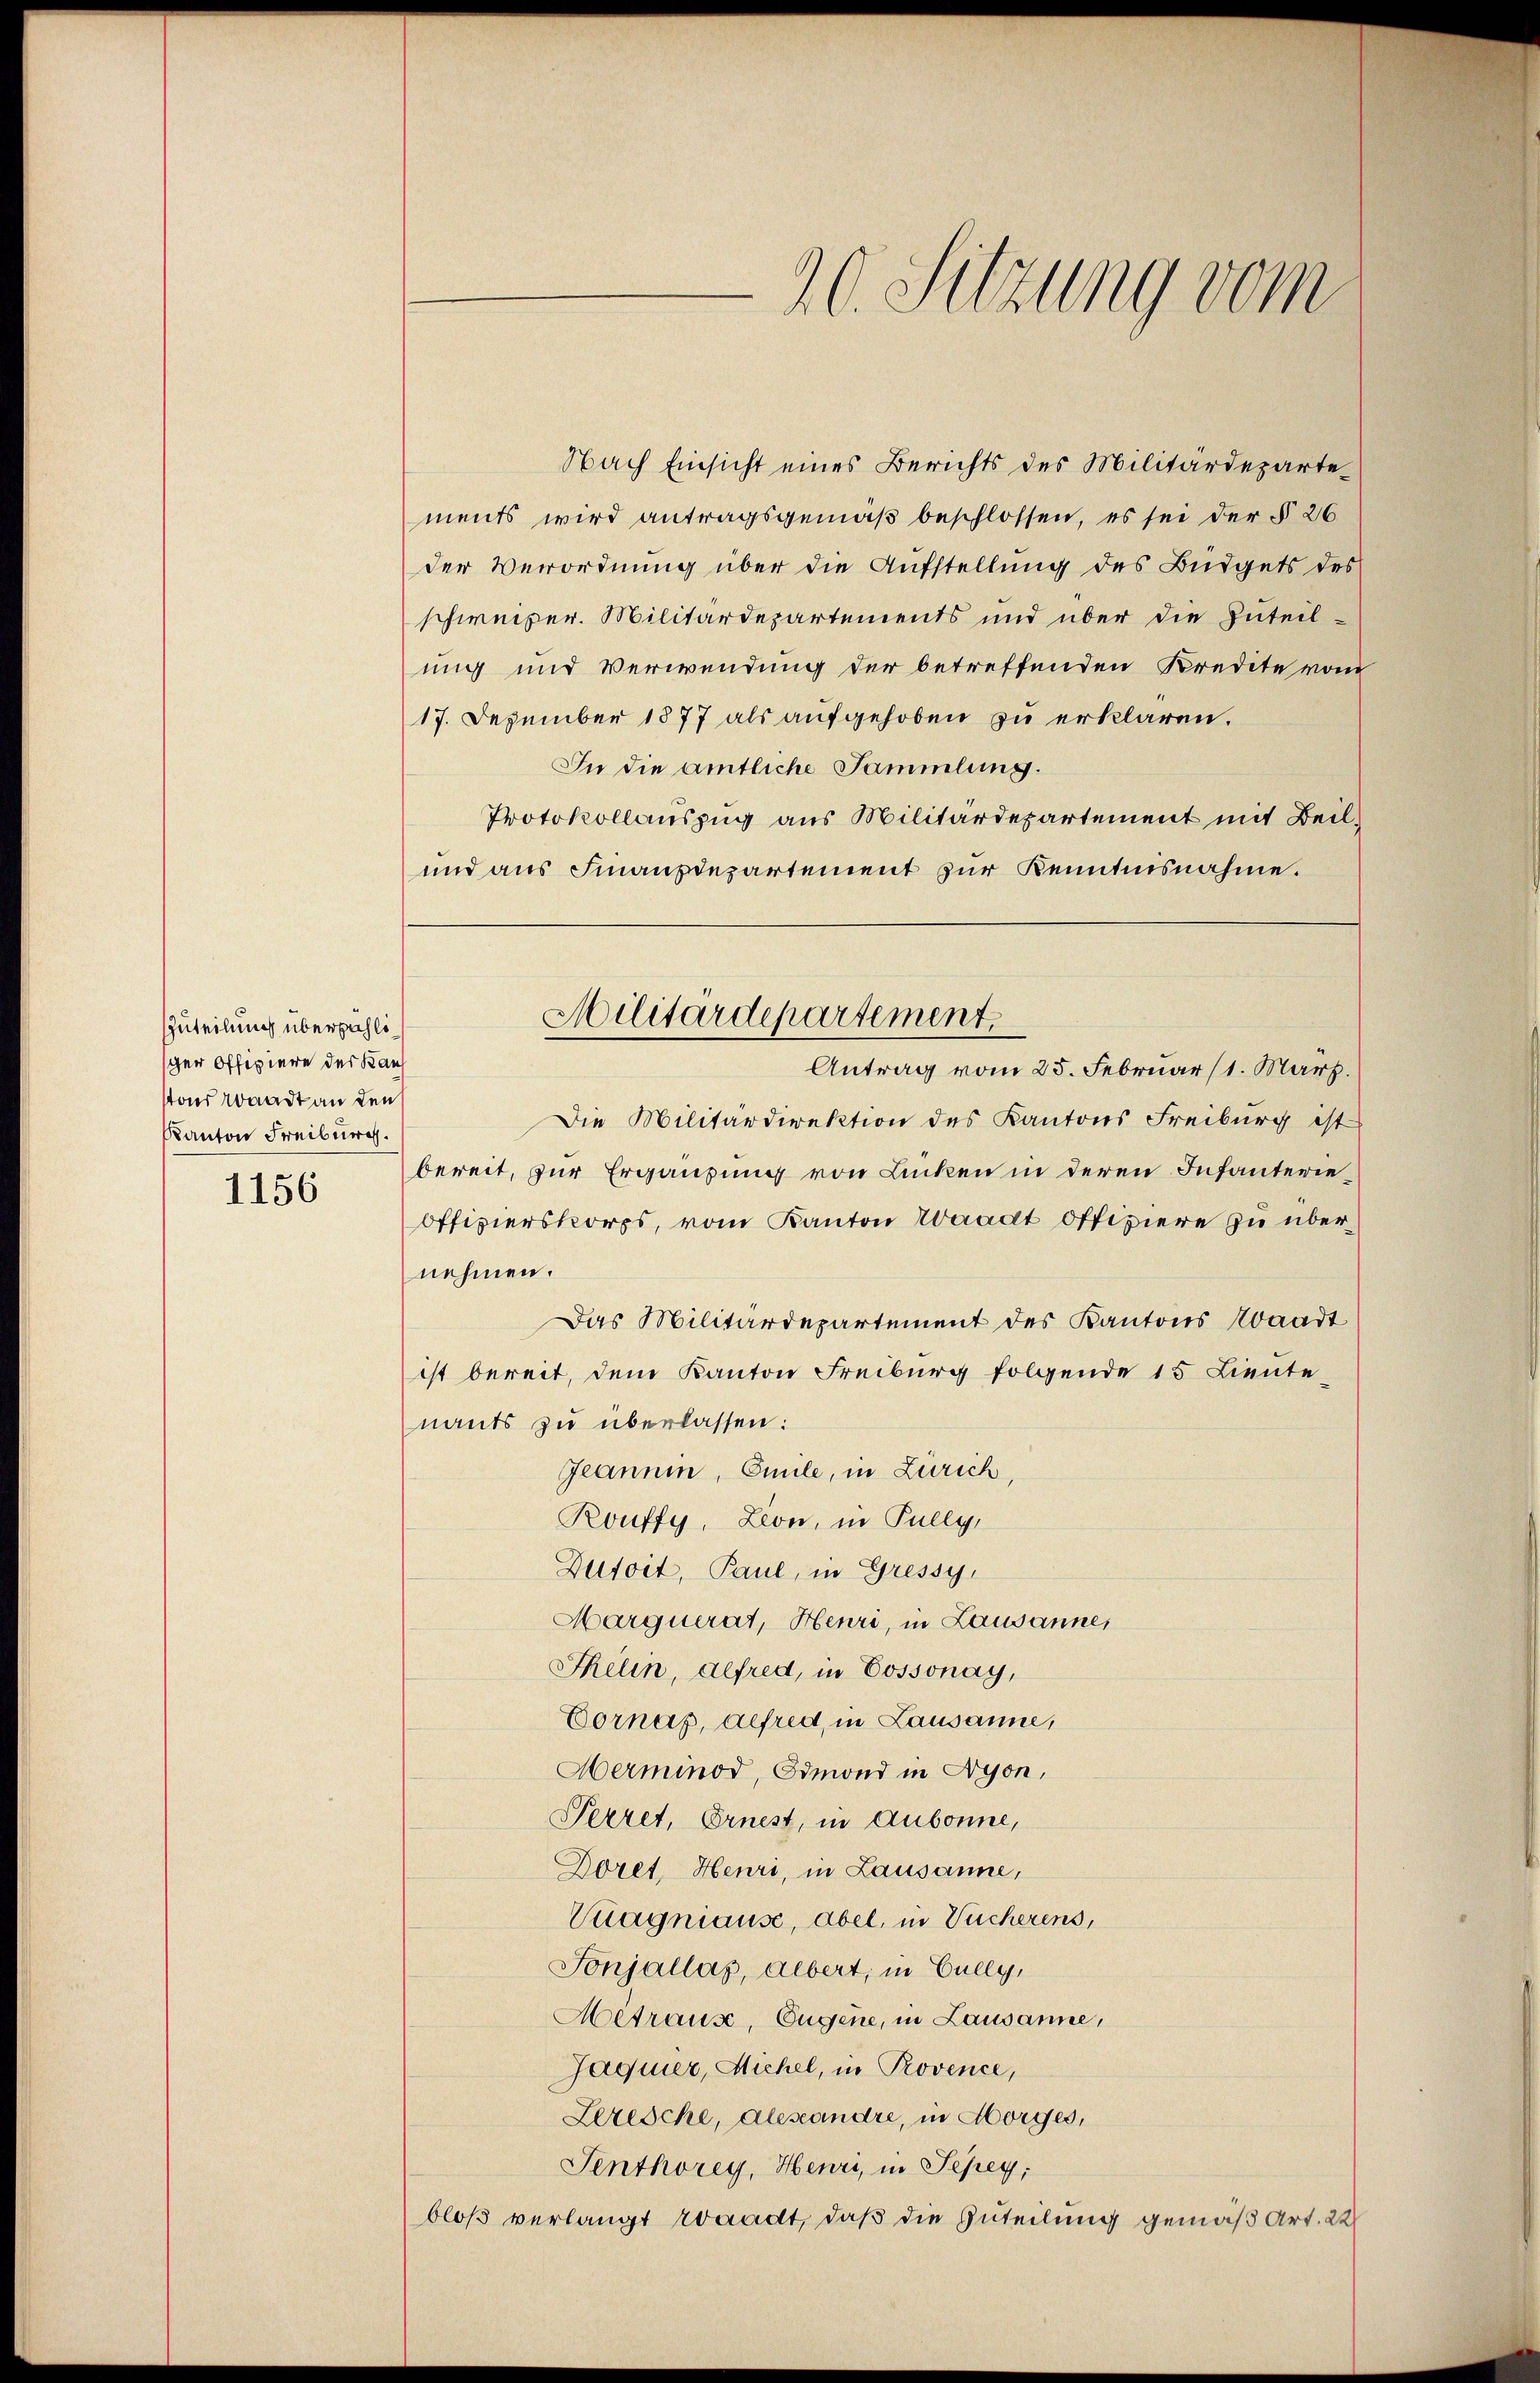
Zuteilung überzählischer Offiziere der Kauf
stand Waadt an den
Kanton Freiburg.

1156

Nach Einsicht eines Berichts des Militärdepartements wird antragsgemäß beschlossen, es sei der § 26
der Verordnung über die Aufstellung des Büdgets des
schweizer. Militärdepartements und über die Zuteil-
ung und Verwendung der betreffenden Kredite vom
17. Dezember 1877 als aufgehoben zu erklären.
In die amtliche Sammlung.
Protokollauszug aus Militärdepartement mit Beil¬
und aus Finanzdepartement zur Kenntnisnahme.
Die Militärdirektion des Kantons Freiburg ist
bereit, zur Ergänzung von Linken in deren Infanterie¬
Offizierskorps, vom Kanton Waadt Offiziere zu übernehmen.
Das Militärdepartement des Kantons Waadt
ist bereit, dem Kanton Freiburg folgende 15 Lieute
nants zu überlassen:
Jeannen, Emile, in Zürich
Kouffy, Lion, in Pully,
Dutoit, Paul, in Gressy
Marquerat, Henri, in Lausanne,
Fkelin, Alfred, in Cossonay,
Cornas, alfred, in Lausanne,
Herminod, Ormond in Lyon,
Perret, Ernest, in Aubonne,
Doret, Heuri, in Lausanne,
Kuagniause, abel, in Tucherens,
Sonjallas, albert, in Cully,
Metrause, Eugene, in Lausanne,
Jaquier, Michel, in Provence,
Lezesche, Alesandre, in Morges,
Senthorey, Henri, in Tepey,
bloß verlangt rogadt, daß die Zuteilung gemäß Art. 22

20. Sitzung vom

Militärdepartement.
Antrag vom 25. Februar (1. März.